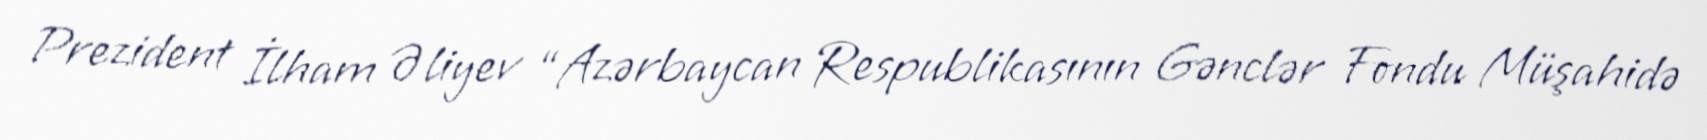
Prezident İlham Əliyev “Azərbaycan Respublikasının Gənclər Fondu Müşahidə